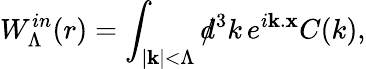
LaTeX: W_{\Lambda}^{in}(r)=\int_{|{\mathbf k}|<\Lambda}d\! \! \! /^{3}k\, e^{i{\mathbf k}.{\mathbf x}}C(k),